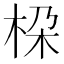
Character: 桗